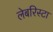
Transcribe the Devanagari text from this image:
लेबरिस्टा